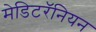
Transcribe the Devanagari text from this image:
मेडिटरॅनियन